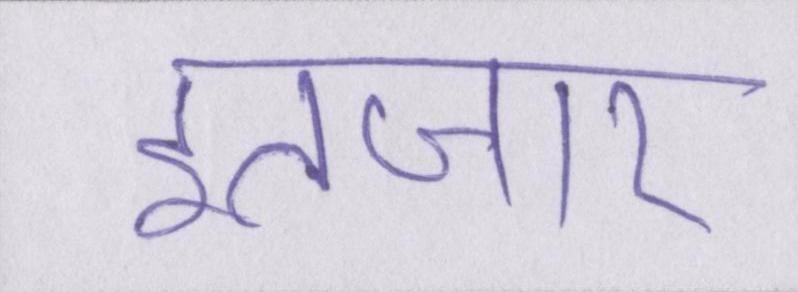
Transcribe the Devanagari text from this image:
इंतजार